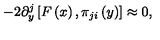
- 2 \partial _ { y } ^ { j } \left[ F \left( x \right) , \pi _ { j i } \left( y \right) \right] \approx 0 ,